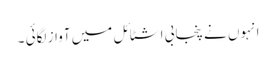
انہوں نے پنجابی اشٹائل میں آواز لگائی ۔